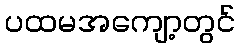
ပထမအကျော့တွင်